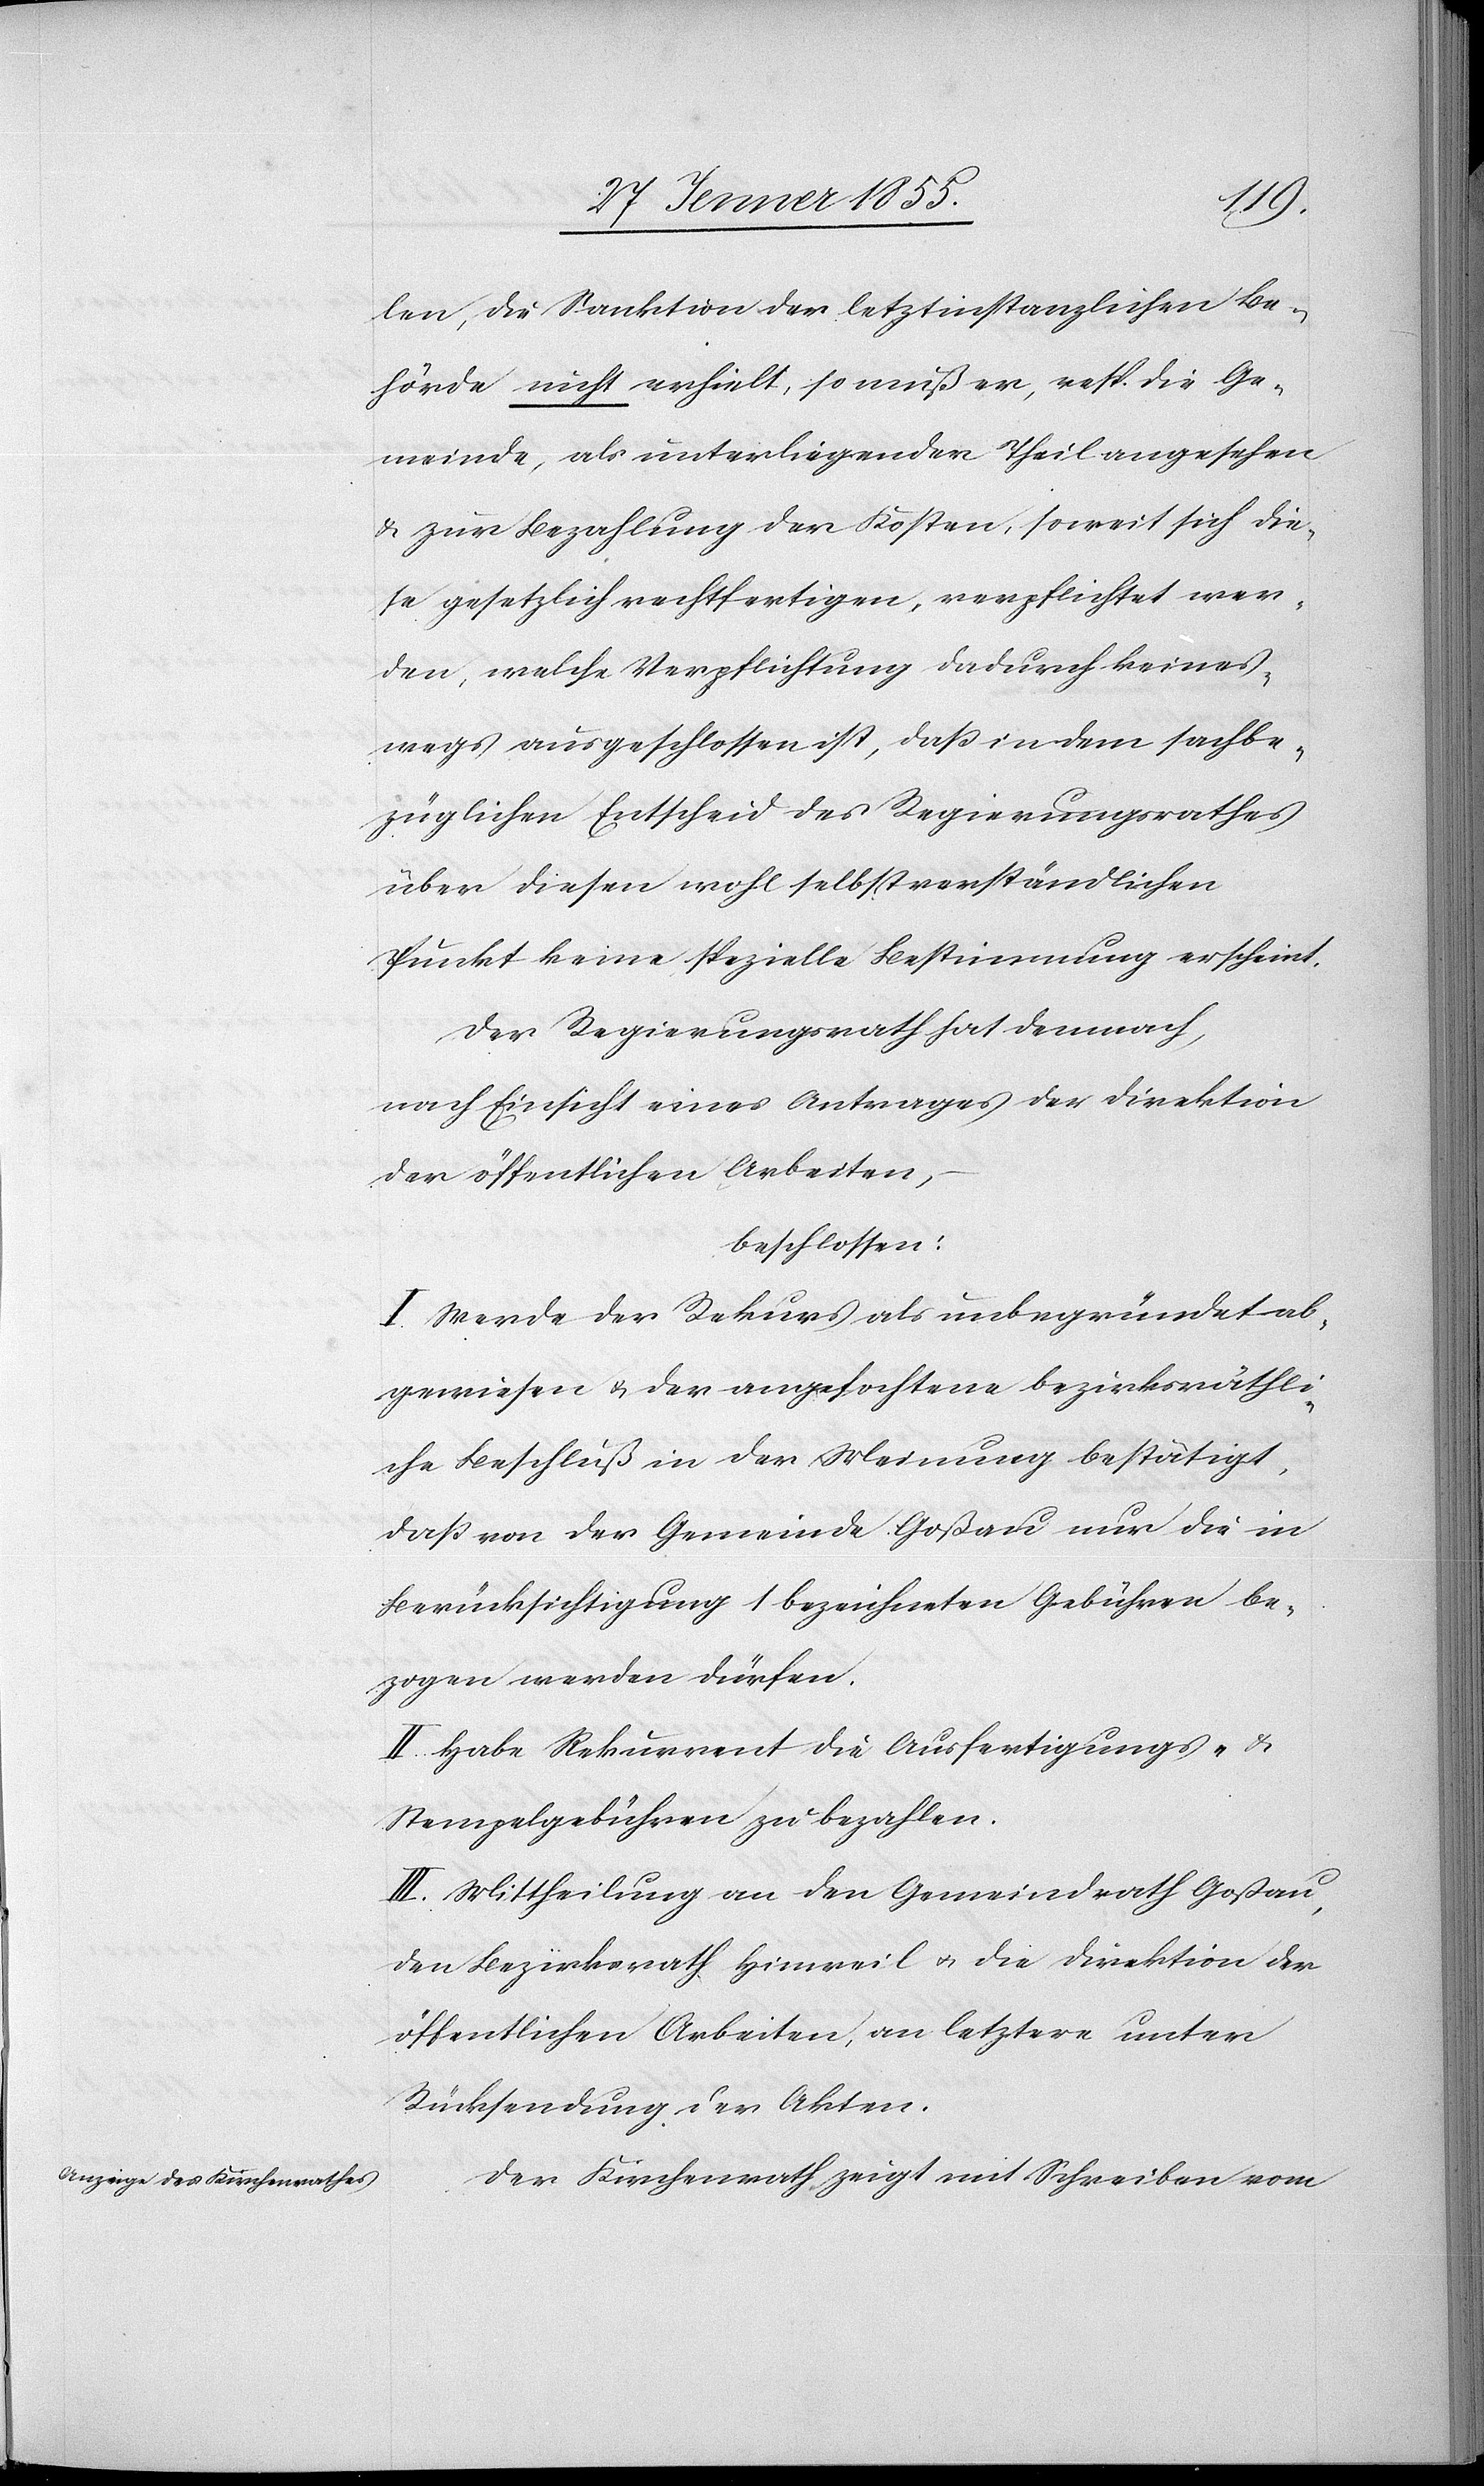
len, die Sanktion der letztinstanzlichen Be¬
hörde nicht erhielt, so muß er, resp. die Ge¬
meinde, als unterliegender Theil angesehen
& zur Bezahlung der Kosten, soweit sich die¬
se gesetzlich rechtfertigen, verpflichtet wer¬
den, welche Verpflichtung dadurch keines¬
wegs ausgeschlossen ist, daß in dem sachbe¬
züglichen Entscheid des Regierungsrathes
über diesen wohl selbstverständlichen
Punkt keine spezielle Bestimmung erscheint.
Der Regierungsrath hat demnach,
nach Einsicht eines Antrages der Direktion
der öffentlichen Arbeiten,
beschlossen:
I. Werde der Rekurs als unbegründet ab¬
gewiesen & der angefochtene bezirksräthli¬
che Beschluß in der Meinung bestätigt,
daß von der Gemeinde Goßau nur die in
Berücksichtigung 1 bezeichneten Gebühren be¬
zogen werden dürfen.
II. Habe Rekurrent die Ausfertigungs- &
Stempelgebühren zu bezahlen.
III. Mittheilung an den Gemeindrath Goßau,
den Bezirksrath Hinweil & die Direktion der
öffentlichen Arbeiten, an letztere unter
Rücksendung der Akten.
Der Kirchenrath zeigt mit Schreiben vom